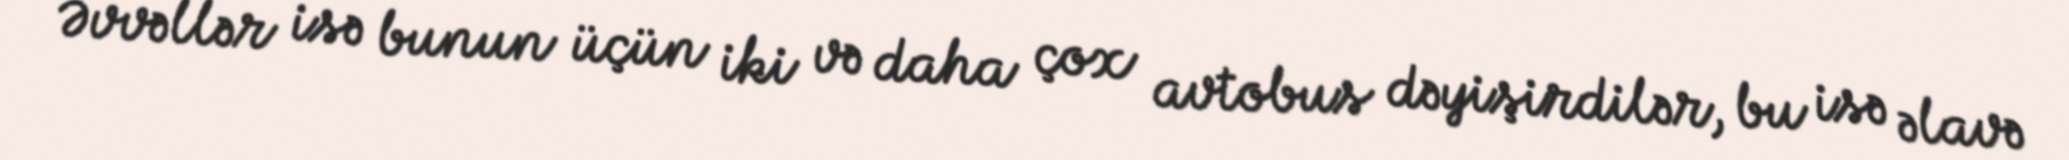
Əvvəllər isə bunun üçün iki və daha çox avtobus dəyişirdilər, bu isə əlavə